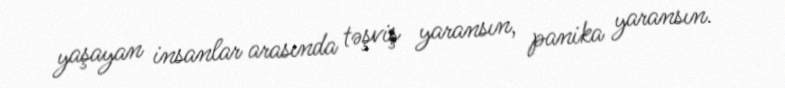
yaşayan insanlar arasında təşviş yaransın, panika yaransın.